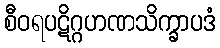
စီဝရပဋိဂ္ဂဟဏသိက္ခာပဒံ